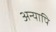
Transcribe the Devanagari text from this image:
अन्यापि